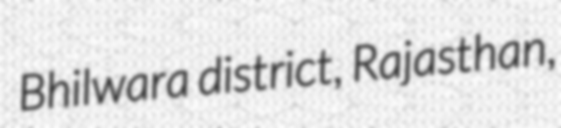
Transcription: Bhilwara district, Rajasthan,